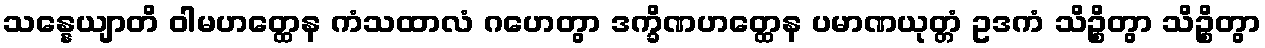
သန္နေယျာတိ ဝါမဟတ္ထေန ကံသထာလံ ဂဟေတွာ ဒက္ခိဏဟတ္ထေန ပမာဏယုတ္တံ ဥဒကံ သိဉ္စိတွာ သိဉ္စိတွာ